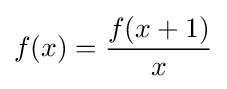
f(x)={f(x+1) \over x}